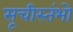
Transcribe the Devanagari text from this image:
सूचीस्तंभो